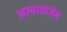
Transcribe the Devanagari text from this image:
अलावाज़ेम